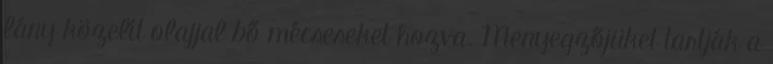
lány közelít olajjal bő mécseseket hozva. Menyegzőjüket tartják a